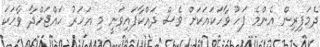
ދެމަފިރިން އެންމެ ފަހު ވާހަކައަކަށް ވެސް ދައްކާފައިވަނީ މި އަހަރު ހައްޖަށްދާ ވާހަކަ